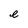
Character: e